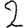
Digit: 2